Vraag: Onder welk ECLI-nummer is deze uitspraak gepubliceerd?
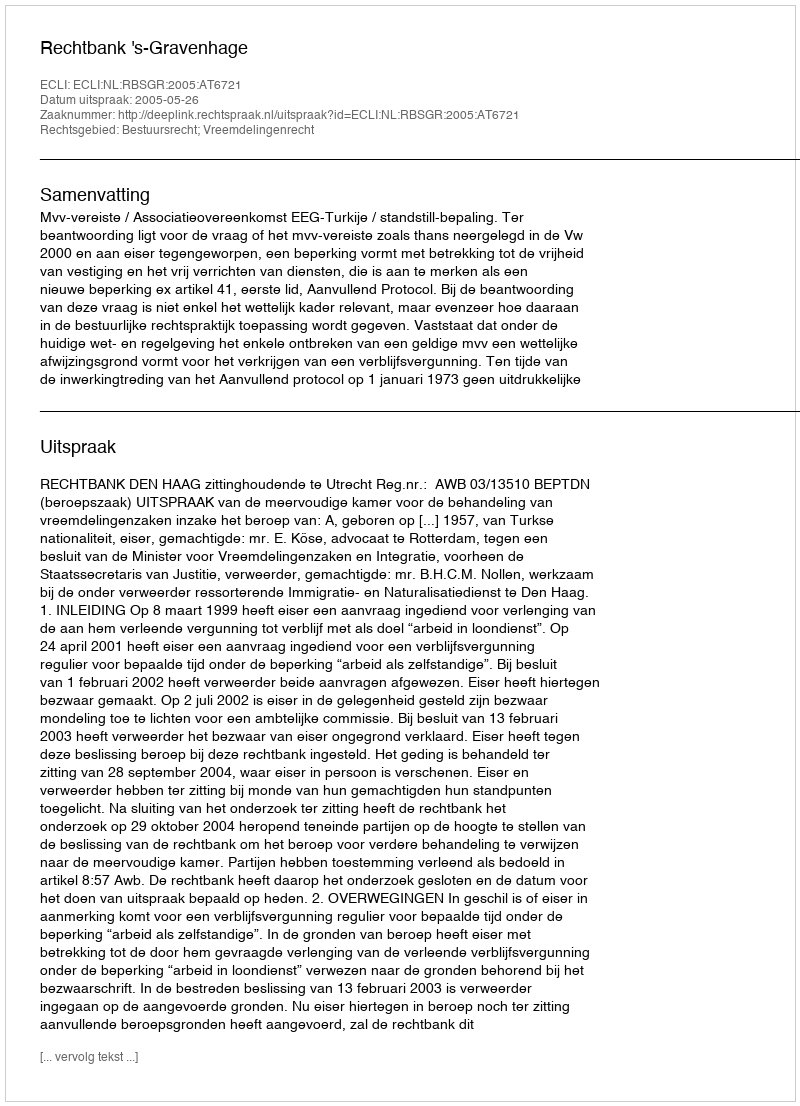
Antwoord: ECLI:NL:RBSGR:2005:AT6721